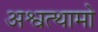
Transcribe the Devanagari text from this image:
अश्वत्थामो